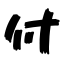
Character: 付